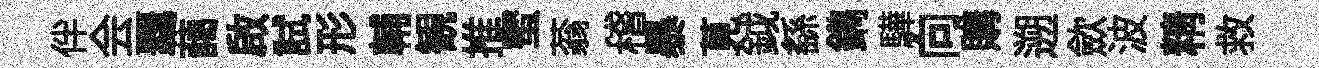
伴会覊藹啟試形輔観推蜜蓊稽暴莧鉞繇鐫驊向購遡歛波精救